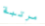
مرتبة